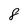
Character: 8